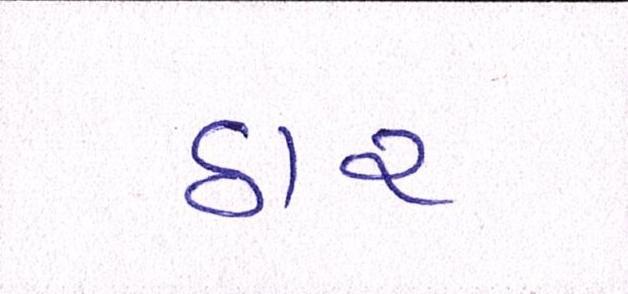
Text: ઠાર